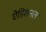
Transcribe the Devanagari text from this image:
ऐडिशनल